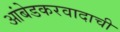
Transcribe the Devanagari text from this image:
आंबेडकरवादाची